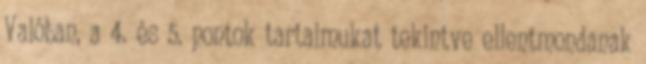
Valóban, a 4. és 5. pontok tartalmukat tekintve ellentmondanak